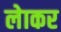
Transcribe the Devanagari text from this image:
लेाकर